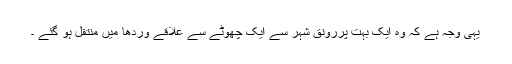
یہی وجہ ہے کہ وہ ایک بہت پررونق شہر سے ایک چھوٹے سے علاقے وردھا میں منتقل ہو گئے ۔